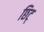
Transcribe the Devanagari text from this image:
छिट्